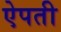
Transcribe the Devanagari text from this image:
ऐपती